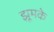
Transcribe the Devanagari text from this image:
झूमके